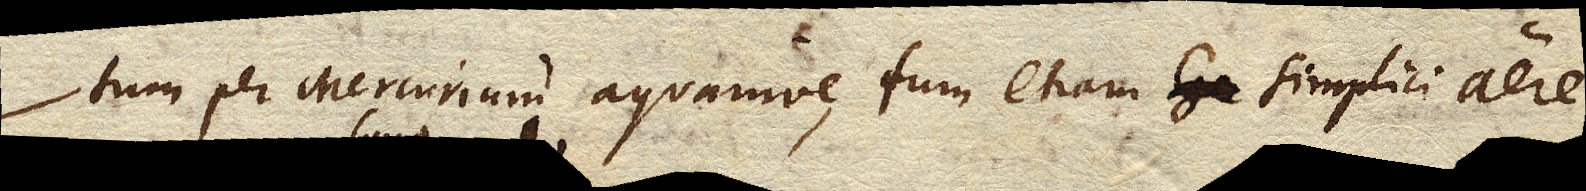
tum per Mercurium aquamve, tum etiam simplici aere